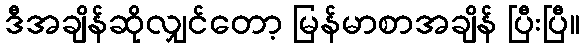
ဒီအချိန်ဆိုလျှင်တော့ မြန်မာစာအချိန် ပြီးပြီ။